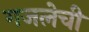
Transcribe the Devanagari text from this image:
गजलेची